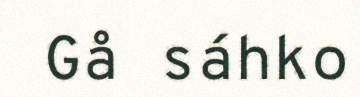
Gå sáhko